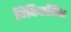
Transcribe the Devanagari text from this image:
चिकितसिक